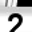
Digit: 2